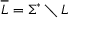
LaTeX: { \overline { { L } } } = \Sigma ^ { * } \setminus L